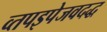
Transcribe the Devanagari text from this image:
व्तपइपेजवदद्ध